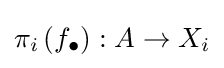
\pi _{i}\left(f_{\bullet }\right):A\to X_{i}